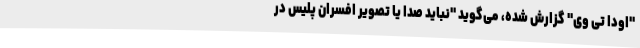
"اودا تی وی" گزارش شده، می‌گوید "نباید صدا یا تصویر افسران پلیس در